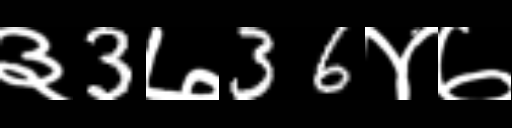
Text: ३3७36४७